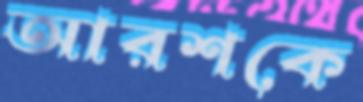
আরশকে